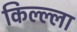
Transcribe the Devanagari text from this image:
किल्ल्ला